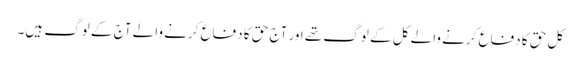
کل حق کا دفاع کرنے والے کل کے لوگ تھے اور آج حق کا دفاع کرنے والے آج کے لوگ ہیں۔